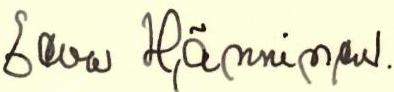
Eeva Hänninen.